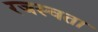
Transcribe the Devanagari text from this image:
रजस्वता